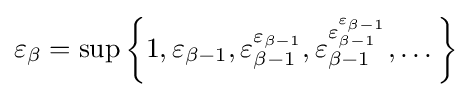
\varepsilon _{\beta }=\sup \left\{1,\varepsilon _{\beta -1},\varepsilon _{\beta -1}^{\varepsilon _{\beta -1}},\varepsilon _{\beta -1}^{\varepsilon _{\beta -1}^{\varepsilon _{\beta -1}}},\dots \right\}